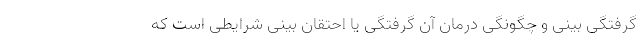
گرفتگی بینی و چگونگی درمان آن گرفتگی یا احتقان بینی شرایطی است که